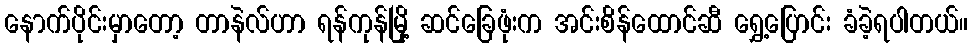
နောက်ပိုင်းမှာတော့ တာနဲလ်ဟာ ရန်ကုန်မြို့ ဆင်ခြေဖုံးက အင်းစိန်ထောင်ဆီ ရွှေ့ပြောင်း ခံခဲ့ရပါတယ်။